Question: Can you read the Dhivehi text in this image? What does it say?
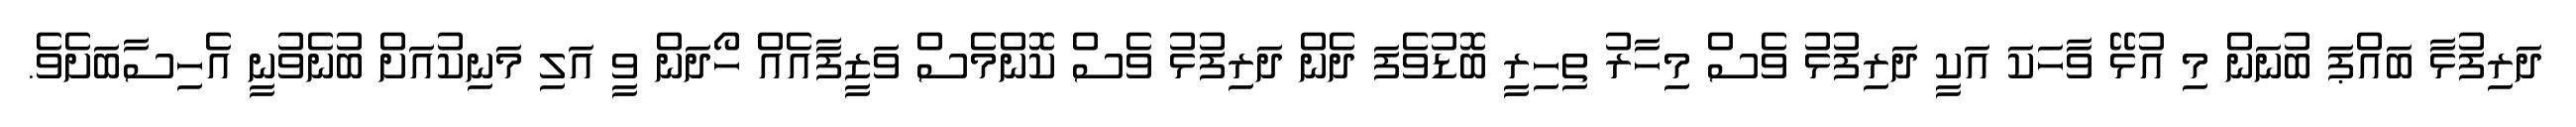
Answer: ދަރިފުޅާ ބައްޕަ ބުނަން މި އުޅޭ ވާހަކަ އަކީ ދަރިފުޅު ވެސް މިހާރު ތިހިރީ ބޮޑުވެފަ ދެން ދަރިފުޅު ވެސް ކޮންމެސް ވަޒީފާއެއް ހޯދަން ވީ އަލި މަނިކުއަށް ބުނެވުނީ އެހިސާބަށެވެ.